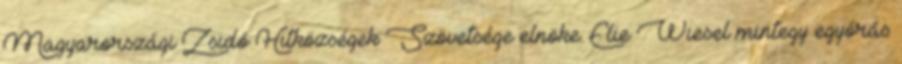
Magyarországi Zsidó Hitközségek Szövetsége elnöke. Elie Wiesel mintegy egyórás